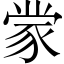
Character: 䝉